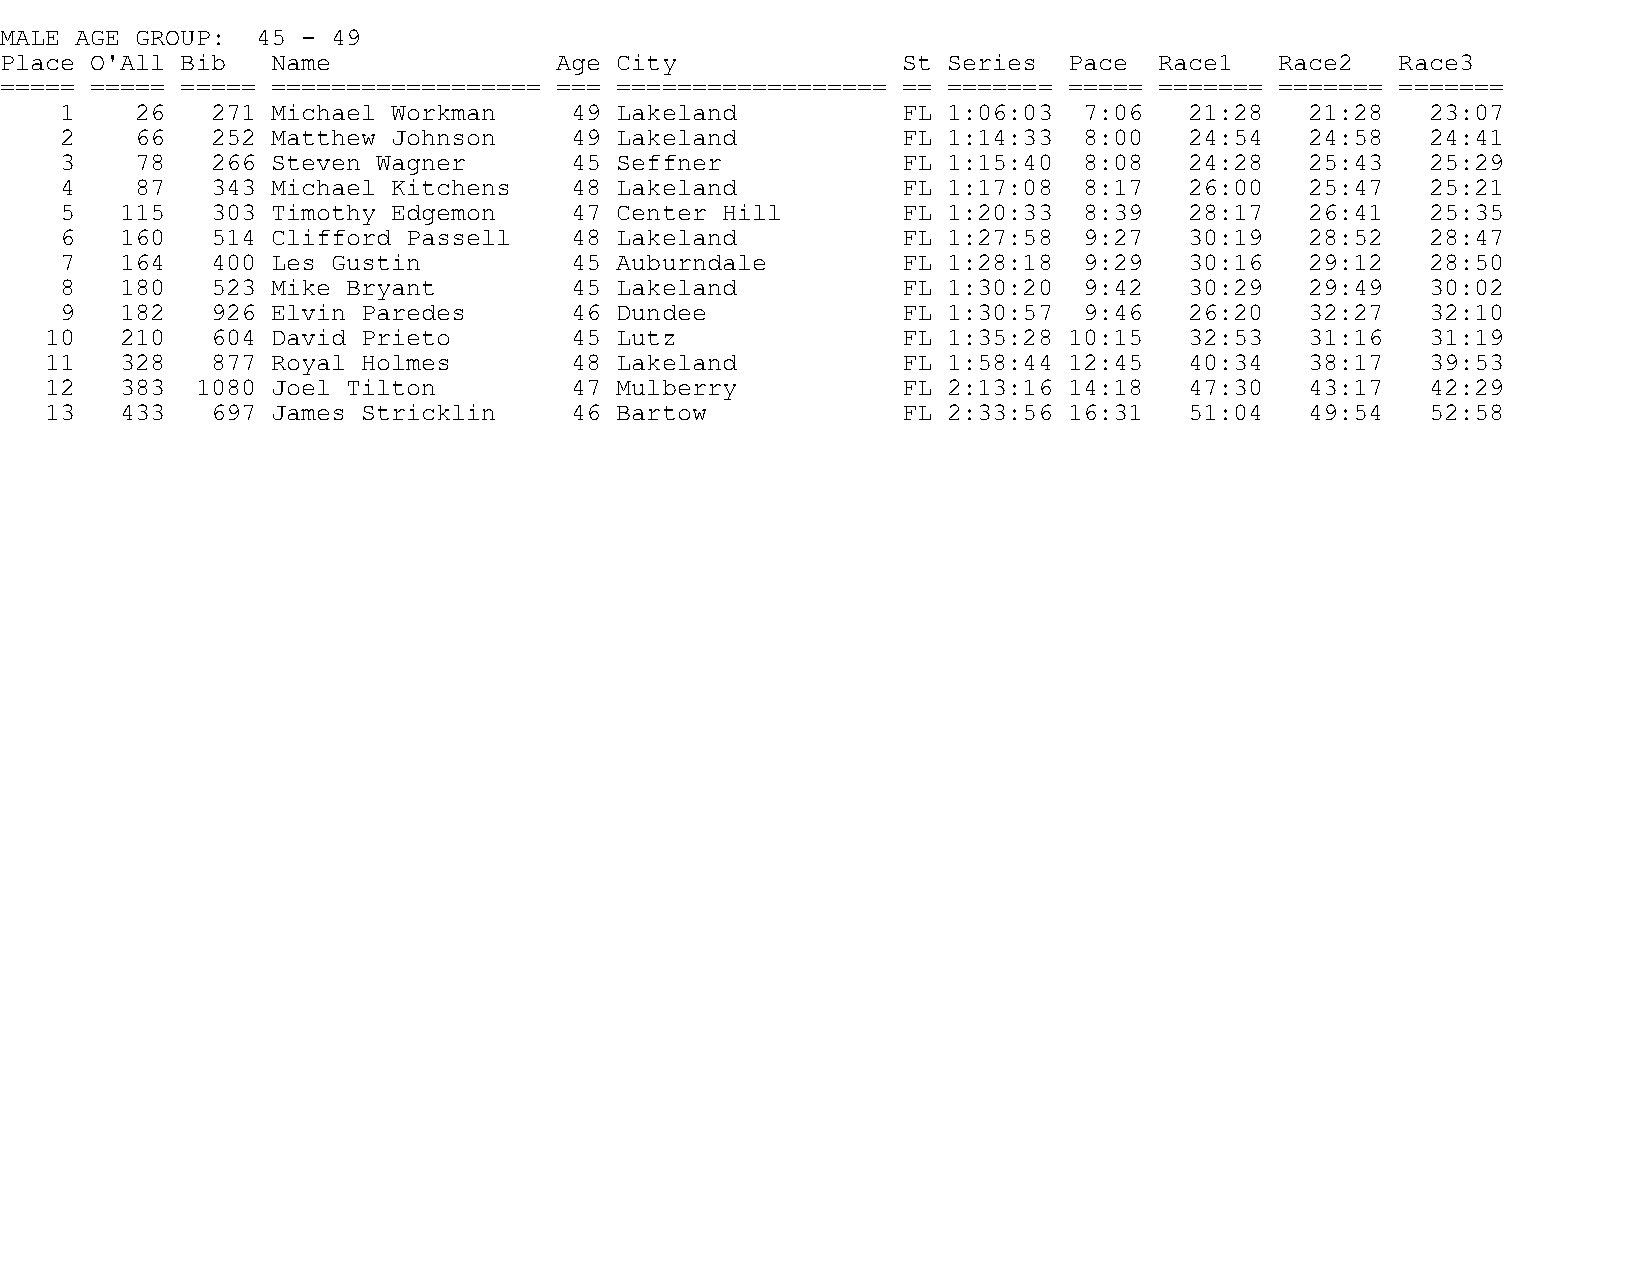
MALE AGE GROUP:  45 - 49
 Place O'All Bib   Name               Age City               St Series  Pace  Race1   Race2   Race3
 ===== ===== ===== ================== === ================== == ======= ===== ======= ======= =======
 1    26   271 Michael Workman     49 Lakeland           FL 1:06:03  7:06   21:28   21:28   23:07
 2    66   252 Matthew Johnson     49 Lakeland           FL 1:14:33  8:00   24:54   24:58   24:41
 3    78   266 Steven Wagner       45 Seffner            FL 1:15:40  8:08   24:28   25:43   25:29
 4    87   343 Michael Kitchens    48 Lakeland           FL 1:17:08  8:17   26:00   25:47   25:21
 5   115   303 Timothy Edgemon     47 Center Hill        FL 1:20:33  8:39   28:17   26:41   25:35
 6   160   514 Clifford Passell    48 Lakeland           FL 1:27:58  9:27   30:19   28:52   28:47
 7   164   400 Les Gustin          45 Auburndale         FL 1:28:18  9:29   30:16   29:12   28:50
 8   180   523 Mike Bryant         45 Lakeland           FL 1:30:20  9:42   30:29   29:49   30:02
 9   182   926 Elvin Paredes       46 Dundee             FL 1:30:57  9:46   26:20   32:27   32:10
 10   210   604 David Prieto        45 Lutz               FL 1:35:28 10:15   32:53   31:16   31:19
 11   328   877 Royal Holmes        48 Lakeland           FL 1:58:44 12:45   40:34   38:17   39:53
 12   383  1080 Joel Tilton         47 Mulberry           FL 2:13:16 14:18   47:30   43:17   42:29
 13   433   697 James Stricklin     46 Bartow             FL 2:33:56 16:31   51:04   49:54   52:58